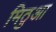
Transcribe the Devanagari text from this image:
मिठुआ